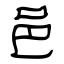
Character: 邑